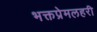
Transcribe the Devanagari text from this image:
भक्तप्रेमलहरी